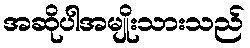
အဆိုပါအမျိုးသားသည်